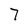
Character: 7